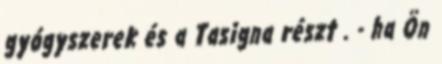
gyógyszerek és a Tasigna részt . - ha Ön